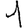
Digit: 1